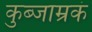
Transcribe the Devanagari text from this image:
कुब्जाम्रकं